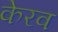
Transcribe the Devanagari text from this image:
केरव